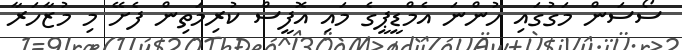
ސޯސަން މަގުގައި ހުންނަ އެމްޑީޕީގެ މައި އޮފީސް ކުރިމަތިން ފެށޭ މި މުޒާހަރާ